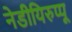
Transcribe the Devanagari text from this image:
नेडीयिरुप्पू